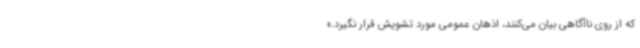
که از روی ناآگاهی بیان می‌کنند، اذهان عمومی مورد تشویش قرار نگیرد.»